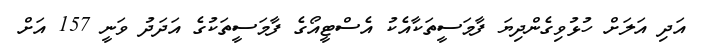
އަދި އަލަށް ހުޅުވިގެންދިޔަ ފާމަސީތަކާއެކު އެސްޓީއޯގެ ފާމަސީތަކުގެ އަދަދު ވަނީ 157 އަށް